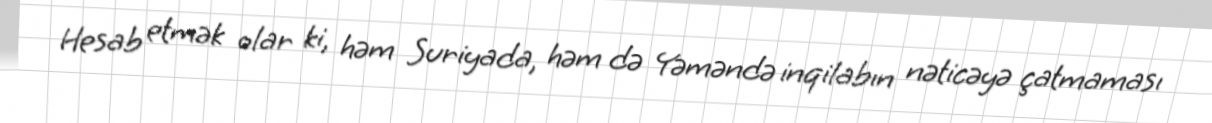
Hesab etmək olar ki, həm Suriyada, həm də Yəməndə inqilabın nəticəyə çatmaması